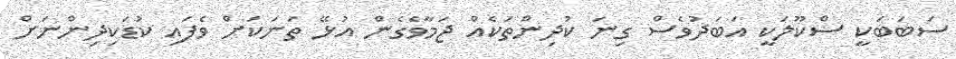
ސަބަބަކީ ސްކޫލަކީ އަބަދުވެސް ގިނަ ކުދިންތަކެއް ޖަމާވެގެން އުޅޭ ތަނަކަށް ވެފައި ކުޑަކިދިންނަށް